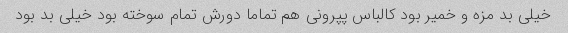
خیلی بد مزه و خمیر بود کالباس پپرونی هم تماما دورش تمام سوخته بود خیلی بد بود